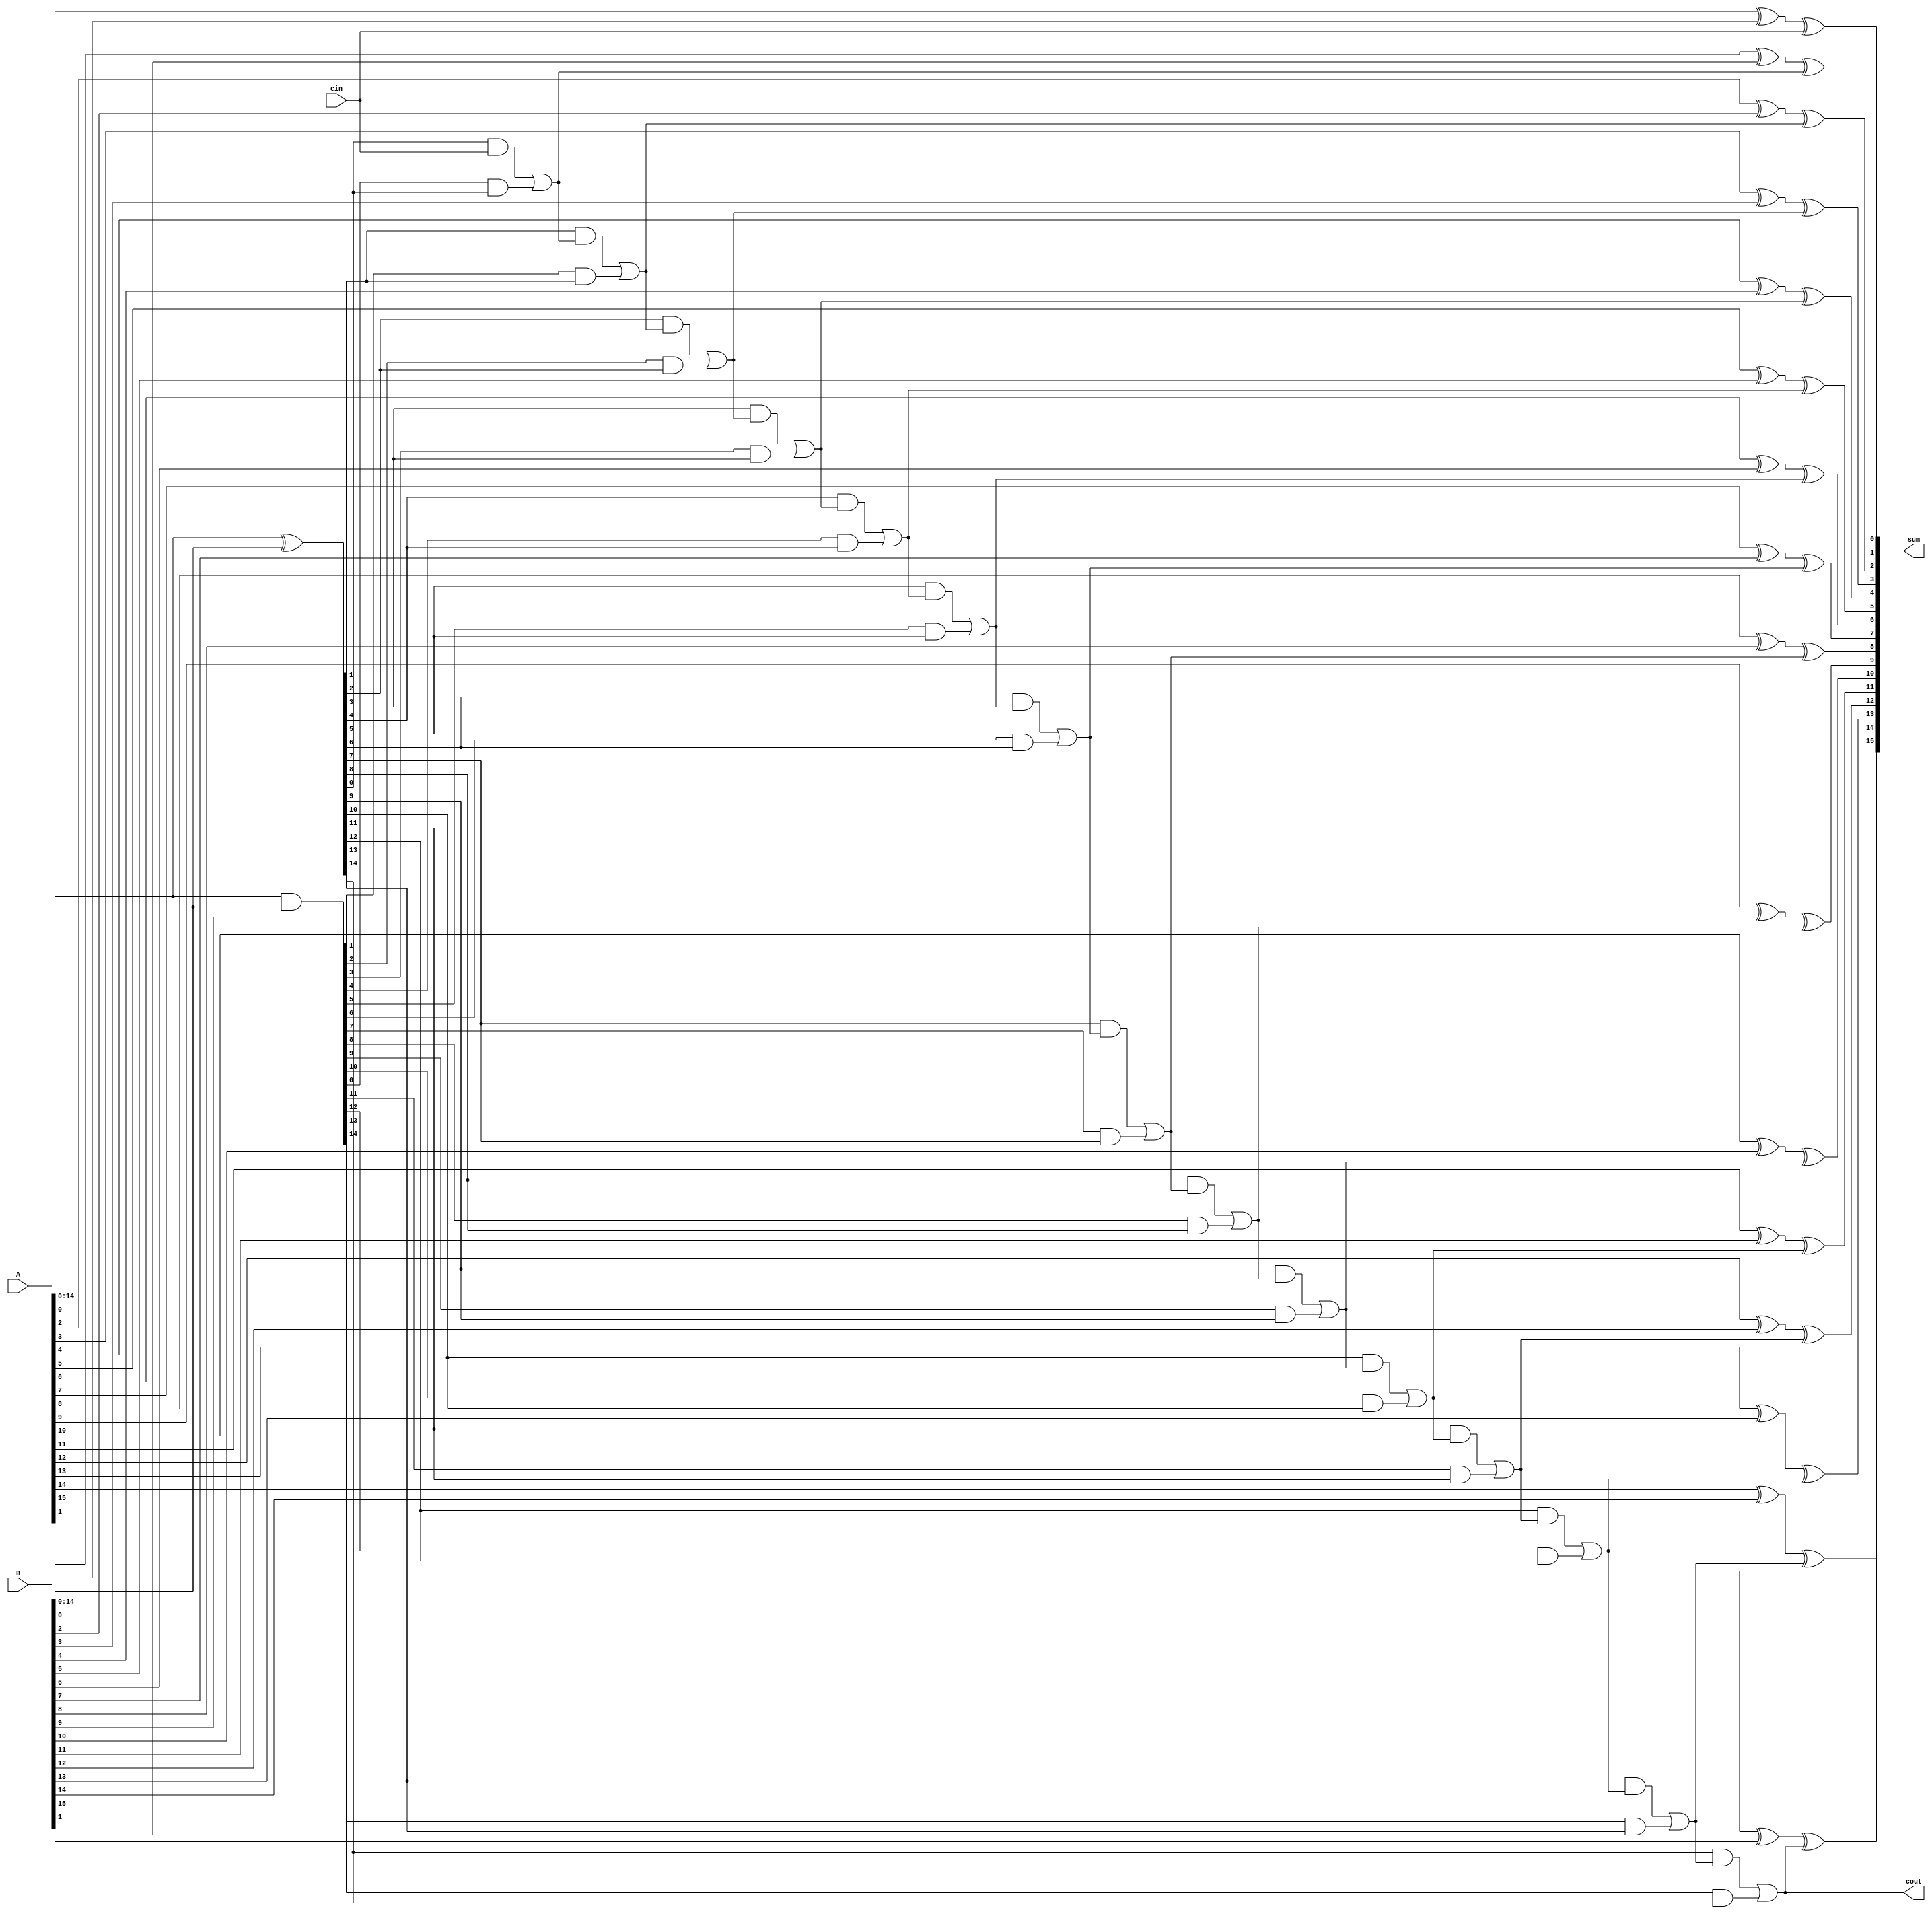
module carry_skip_adder(
    input [15:0] A,
    input [15:0] B,
    input cin,
    output [15:0] sum,
    output cout
);

wire [15:0] carry;
wire [15:0] P, G;

assign P = A ^ B;
assign G = A & B;

assign carry[0] = cin;
assign sum[0] = A[0] ^ B[0] ^ cin;

genvar i;
generate
    for (i = 1; i < 16; i = i + 1) begin: stage
        assign carry[i] = (P[i-1] & carry[i-1]) | (G[i-1] & P[i-1]);
        assign sum[i] = A[i] ^ B[i] ^ carry[i];
    end
endgenerate

assign cout = carry[15];

endmodule